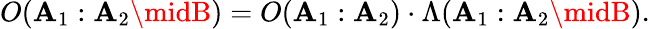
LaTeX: O(\mathbf{A}_{1}:\mathbf{A}_{2}\midB)=O(\mathbf{A}_{1}:\mathbf{A}_{2})\cdot\Lambda(\mathbf{A}_{1}:\mathbf{A}_{2}\midB).